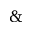
\&